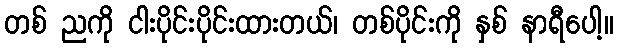
တစ် ညကို ငါးပိုင်းပိုင်းထားတယ်၊ တစ်ပိုင်းကို နှစ် နာရီပေါ့။